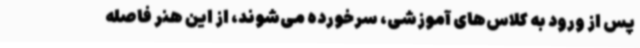
پس از ورود به کلاس‌های آموزشی، سرخورده می‌شوند، از این هنر فاصله